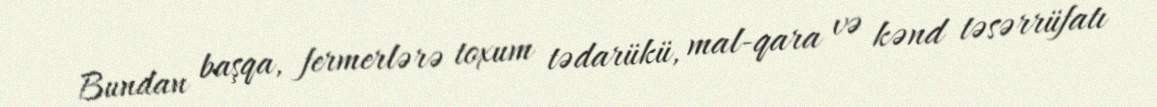
Bundan başqa, fermerlərə toxum tədarükü, mal-qara və kənd təsərrüfatı